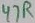
Text: 47R